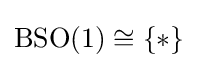
\operatorname {BSO} (1)\cong \{*\}